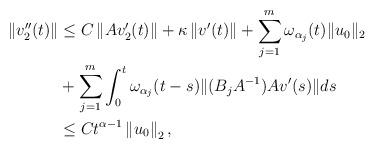
LaTeX: \begin{align*} \left\| v_2''(t)\right\| & \leq C \left\| Av_2'(t)\right\| + \kappa \left\| v'(t)\right\| + \sum\limits_{j=1}^{m}\omega_{\alpha_j}(t)\|u_0\|_2 \\ & + \sum\limits_{j=1}^{m}\int_0^t \omega_{\alpha_j}(t-s) \|(B_jA^{-1})Av'(s)\| ds \\ & \leq C t^{\alpha-1}\left\| u_0\right\|_2, \end{align*}